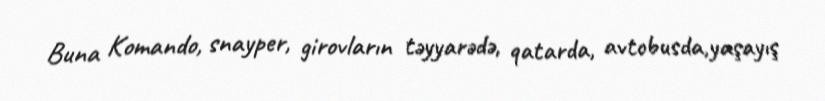
Buna Komando, snayper, girovların təyyarədə, qatarda, avtobusda,yaşayış